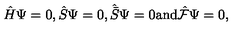
\hat { H } \Psi = 0 , \hat { S } \Psi = 0 , { \hat { \bar { S } } } \Psi = 0 \mathrm { a n d } \hat { \cal F } \Psi = 0 ,